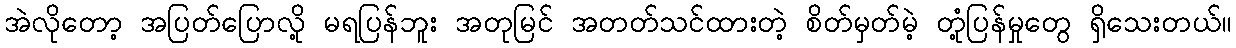
အဲလိုတော့ အပြတ်ပြောလို့ မရပြန်ဘူး အတုမြင် အတတ်သင်ထားတဲ့ စိတ်မှတ်မဲ့ တုံ့ပြန်မှုတွေ ရှိသေးတယ်။